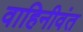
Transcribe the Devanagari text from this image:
वाहिनीवंत